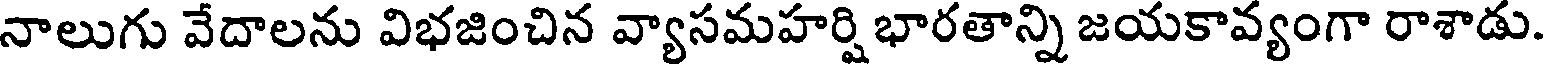
నాలుగు వేదాలను విభజించిన వ్యాసమహర్షి భారతాన్ని జయకావ్యంగా రాశాడు.